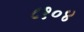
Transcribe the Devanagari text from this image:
८१०४